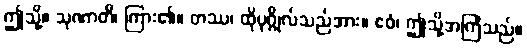
ဤသို့။ သုဏာတိ၊ ကြား၏။ တဿ၊ ထိုပုဂ္ဂိုလ်သည်အား။ ဧဝံ၊ ဤသို့အကြံသည်။